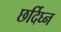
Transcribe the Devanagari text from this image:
छर्दिघ्न